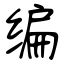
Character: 编